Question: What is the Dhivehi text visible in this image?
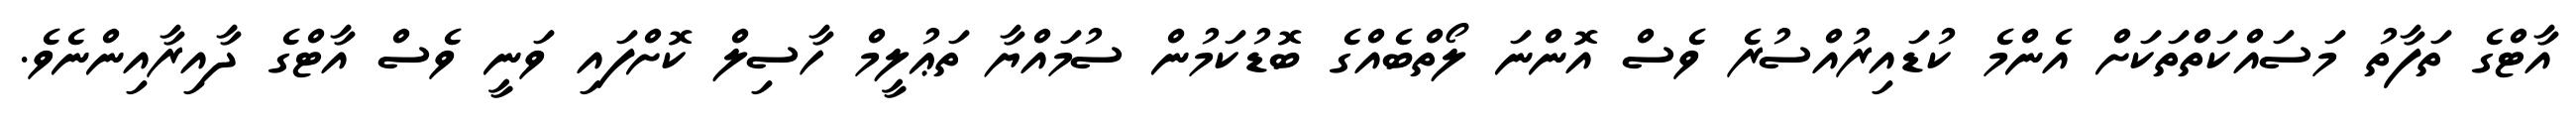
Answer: އާޓްގެ ތަފާތު މަސައްކަތްތަކަށް އެންމެ ކުޑައިރުއްސުރެ ވެސް އޮންނަ ލޯތްބެއްގެ ބޮޑުކަމުން ސުމައްޔާ ތަޢުލީމް ހާސިލް ކޮށްފައި ވަނީ ވެސް އާޓްގެ ދާއިރާއިންނެވެ.